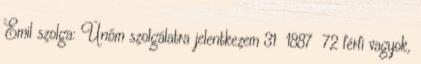
Emil szolga: Únőm szolgálatra jelentkezem 31 1887 72 férfi vagyok,